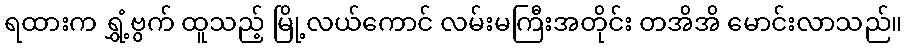
ရထားက ရွှံ့ဗွက် ထူသည့် မြို့လယ်ကောင် လမ်းမကြီးအတိုင်း တအိအိ မောင်းလာသည်။